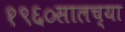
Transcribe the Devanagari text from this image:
१९६०सालच्या